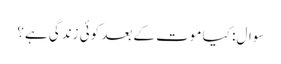
سوال: کیا موت کے بعد کوئی زندگی ہے؟